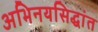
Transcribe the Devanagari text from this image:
अभिनयसिद्धांत